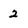
Character: 2